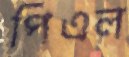
পিএল